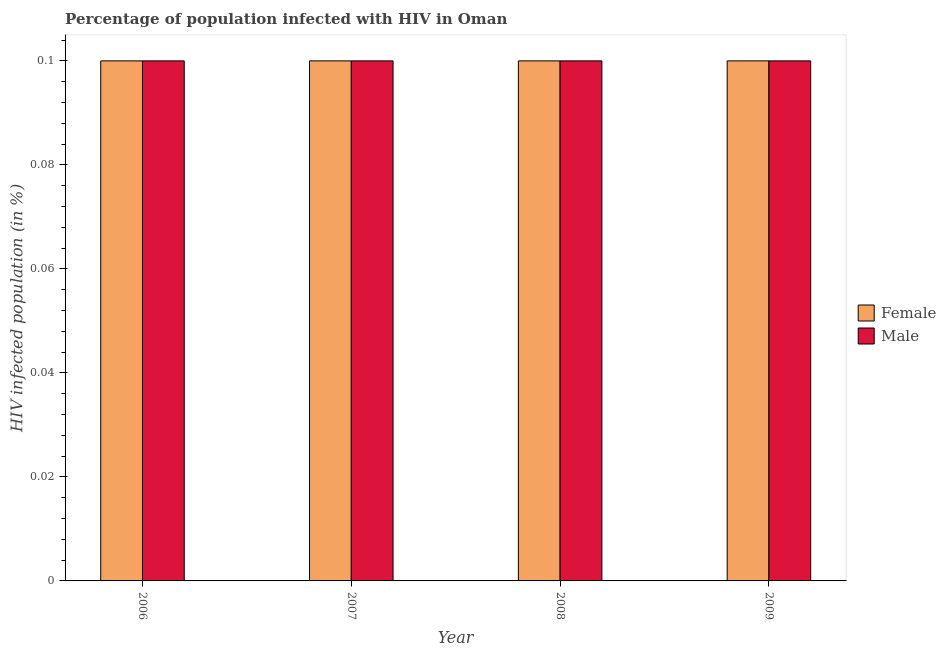
| Year | Female | Male |
 | --- | --- | --- |
 | 2006 | 0.1 | 0.1 |
 | 2007 | 0.1 | 0.1 |
 | 2008 | 0.1 | 0.1 |
 | 2009 | 0.1 | 0.1 |